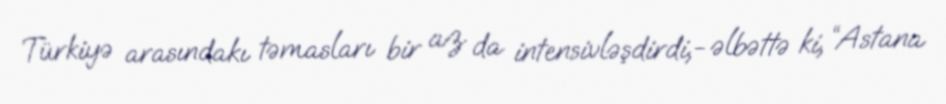
Türkiyə arasındakı təmasları bir az da intensivləşdirdi,- əlbəttə ki, “Astana